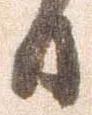
日